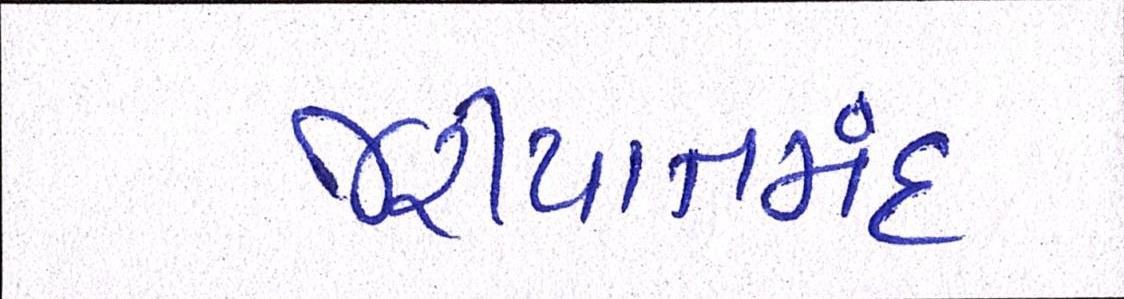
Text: જરીયાતમંદ